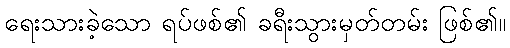
ရေးသားခဲ့သော ရပ်ဖစ်၏ ခရီးသွားမှတ်တမ်း ဖြစ်၏။